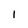
Character: 1